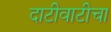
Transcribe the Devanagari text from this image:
दाटीवाटीचा